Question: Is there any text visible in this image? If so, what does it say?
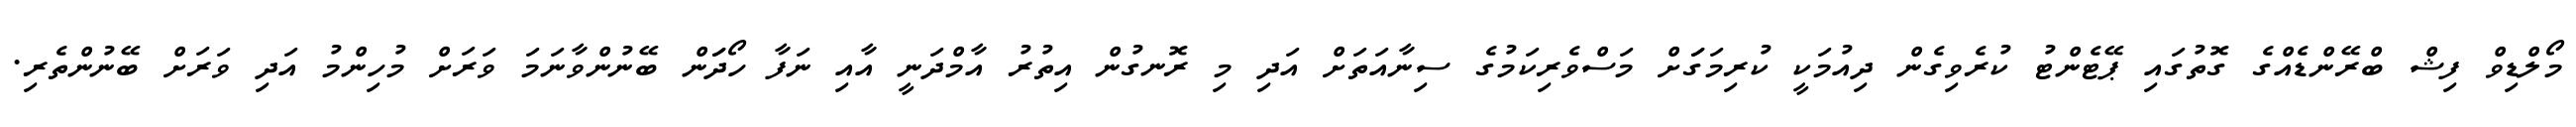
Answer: މޯލްޑިވް ފިޝް ބްރޭންޑެއްގެ ގޮތުގައި ޕޭޓެންޓު ކުރެވިގެން ދިއުމަކީ ކުރިމަގަަށް މަސްވެރިކަމުގެ ސިނާއަތަށް އަދި މި ރޮނގުން އިތުރު އާމްދަނީ އާއި ނަފާ ހޯދަަން ބޭނުންވާނަމަ ވަރަށް މުހިންމު އަދި ވަރަށް ބޭނުންތެރި.